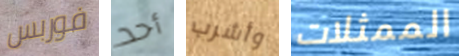
فوربس أحد وأشرب الممثلات